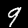
Label: 9